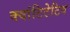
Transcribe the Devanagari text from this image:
क्वांटिटेटिव